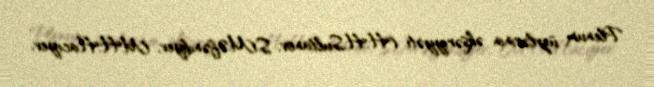
Plenum üzvlərinin əksəriyyəti (H.H.Sultanov, S.M.Əfəndiyev, M.H.Hacıyev,